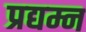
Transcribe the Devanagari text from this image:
प्रद्यम्न